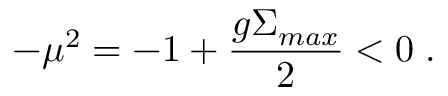
- \mu ^ { 2 } = - 1 + \frac { g \Sigma _ { m a x } } 2 < 0 \; .